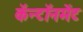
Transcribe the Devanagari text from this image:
कॅन्टॉनमेंट